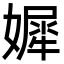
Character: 㜨